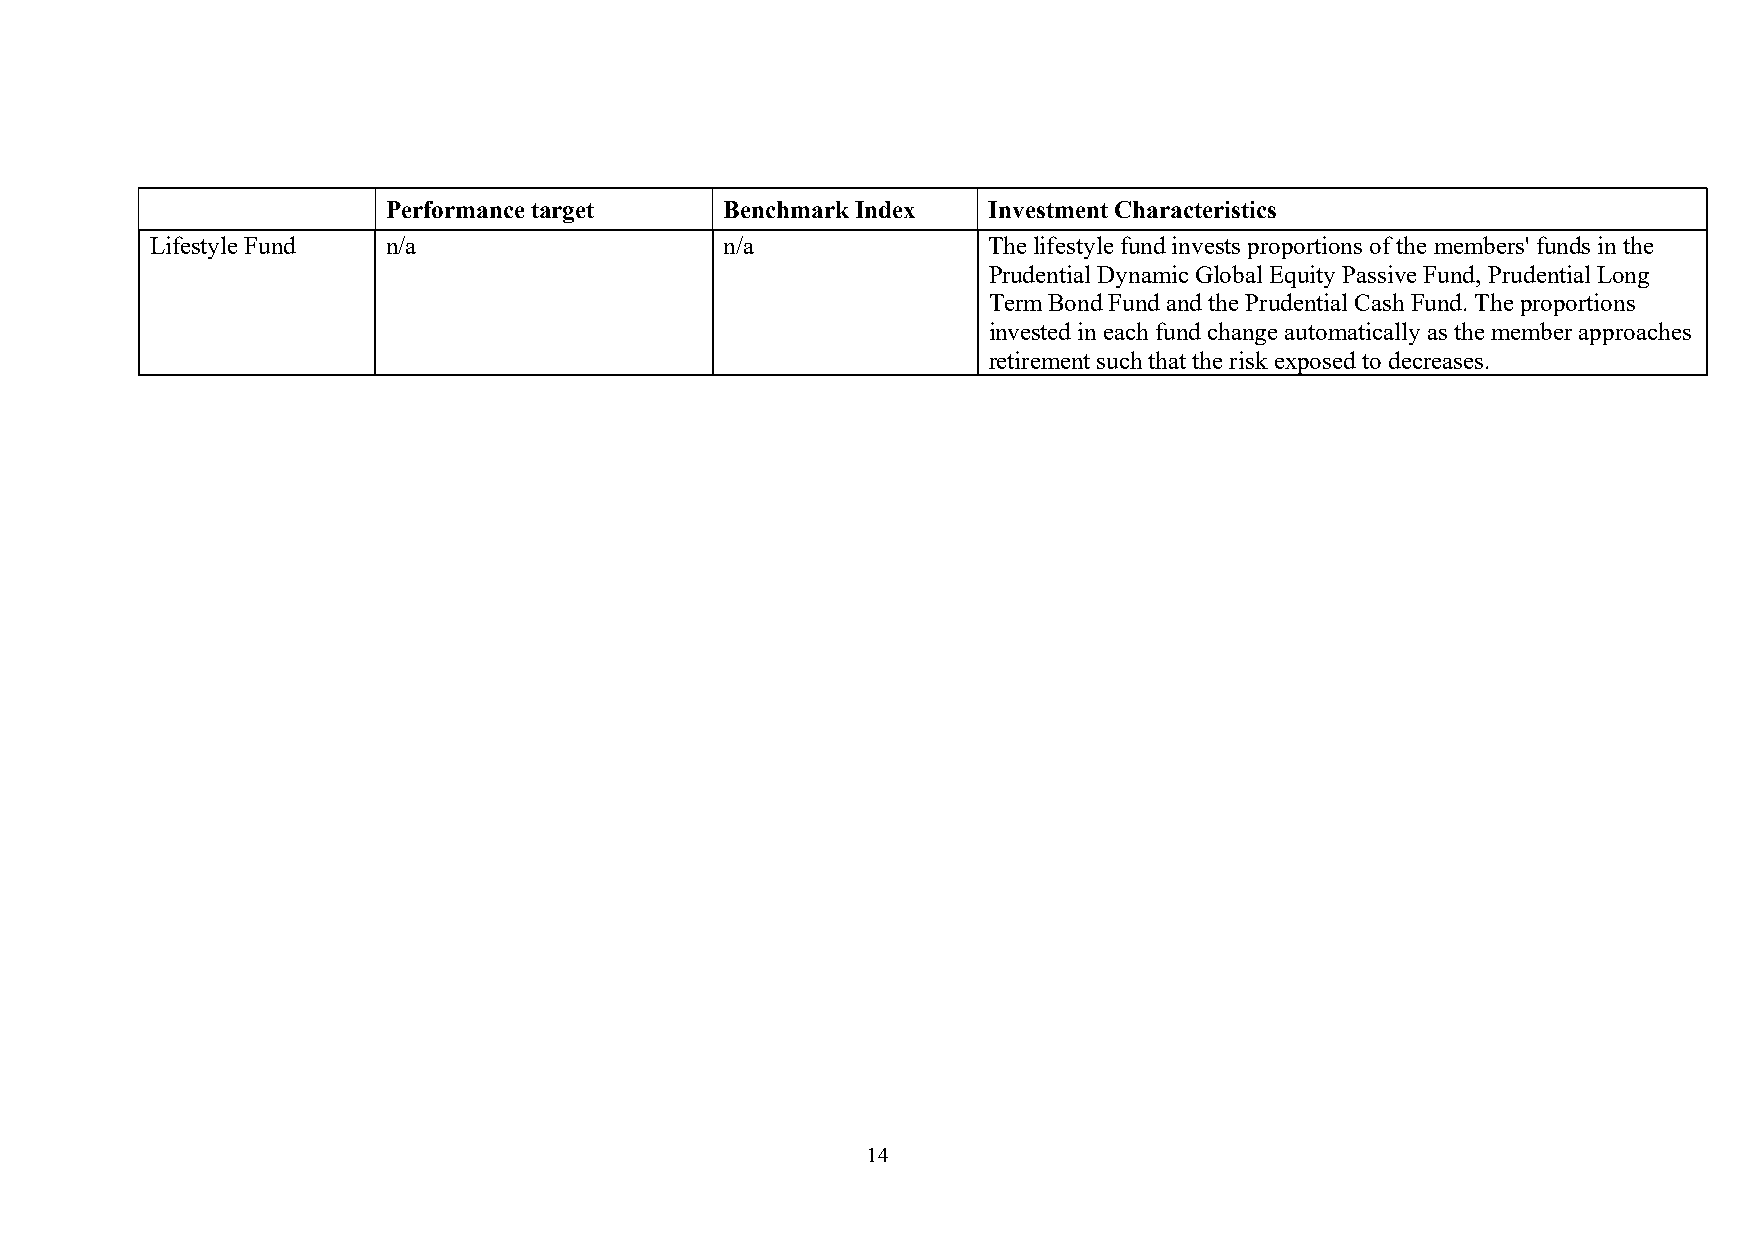
Performance target    Benchmark Index  Investment Characteristics
 Lifestyle Fund  n/a                   n/a              The lifestyle fund invests proportions of the members' funds in the
 Prudential Dynamic Global Equity Passive Fund, Prudential Long
 Term Bond Fund and the Prudential Cash Fund. The proportions
 invested in each fund change automatically as the member approaches
 retirement such that the risk exposed to decreases.
 14